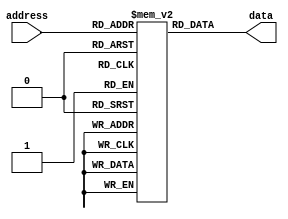
module AntiFuse_ROM (
    input wire [7:0] address,
    output reg [7:0] data
);

reg [7:0] memory [0:255];

// Initialization of memory contents
initial begin
    // Add initial values to memory blocks here
end

always @(*) begin
    data = memory[address];
end

endmodule